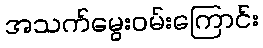
အသက်မွေးဝမ်းကြောင်း